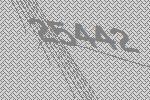
25442